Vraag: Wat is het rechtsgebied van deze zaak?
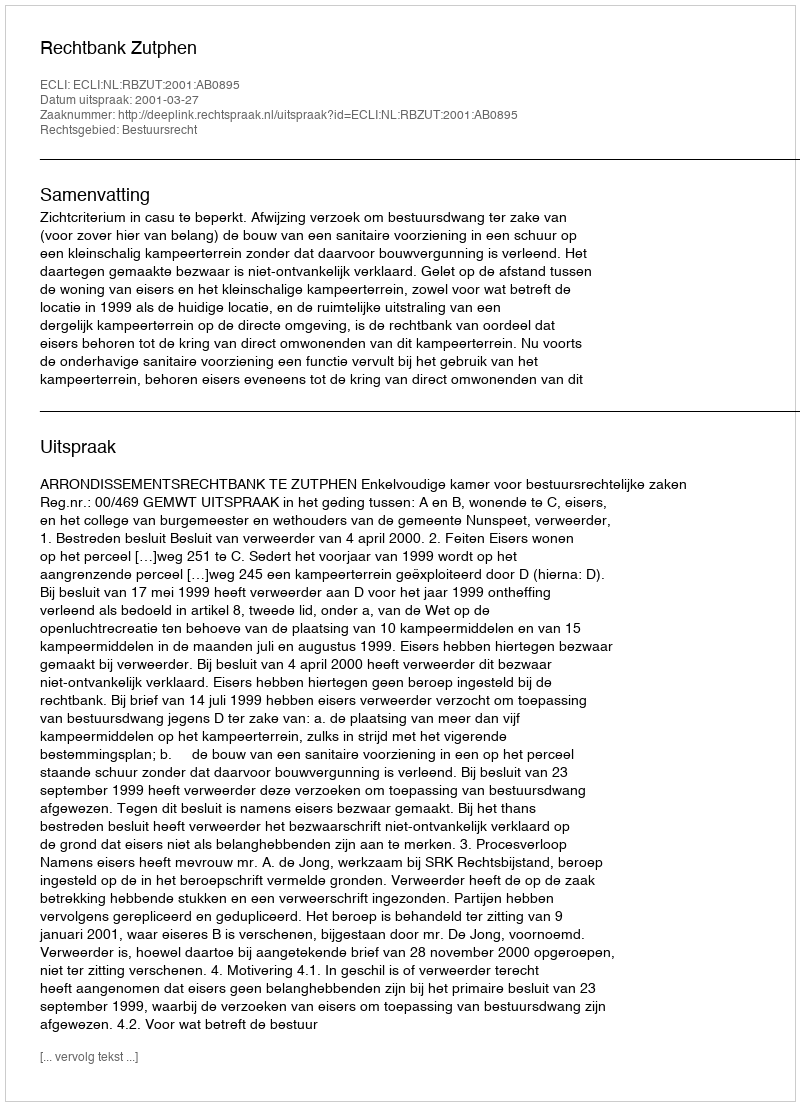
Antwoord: Bestuursrecht